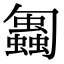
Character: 𠤋